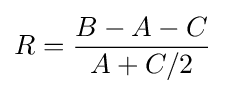
R={\frac {B-A-C}{A+C/2}}